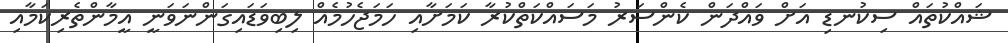
ޝައްކުތައް ސިކުނޑި އަށް ވައްދަން ކެންސަރު މަސައްކަތްކުރާ ކަމަށާއި ހަމަޖެހުމެއް ލިބިވަޑައިގަންނަވަނީ އީމާންތެރިކަމާއި